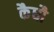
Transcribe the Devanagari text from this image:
कैधौ